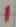
Text: 1